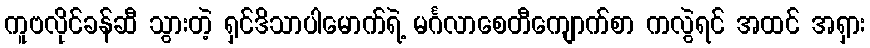
ကူဗလိုင်ခန်ဆီ သွားတဲ့ ရှင်ဒိသာပါမောက်ရဲ့ မင်္ဂလာစေတီကျောက်စာ ကလွဲရင် အထင် အရှား